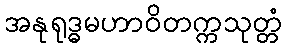
အနုရုဒ္ဓမဟာဝိတက္ကသုတ္တံ